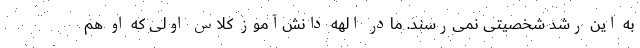
به این رشد شخصیتی نمی‌رسند. مادر الهه دانش‌آموز کلاس اولی که او هم